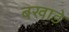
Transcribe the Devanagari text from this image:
बखाड़े